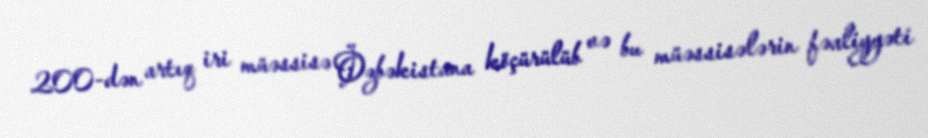
200-dən artıq iri müəssisə Özbəkistana köçürülüb və bu müəssisələrin fəaliyyəti